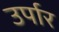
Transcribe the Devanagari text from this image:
उर्पार